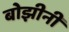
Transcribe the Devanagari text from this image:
बोझीनी